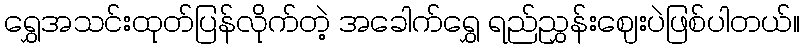
ရွှေအသင်းထုတ်ပြန်လိုက်တဲ့ အခေါက်ရွှေ ရည်ညွှန်းဈေးပဲဖြစ်ပါတယ်။